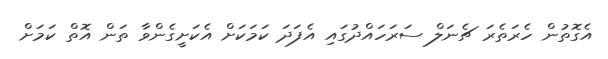
އެގޮތުން ހެރަތެރަ ޗެނަލް ސަރަހައްދުގައި އެފަދަ ކަމަކަށް އެކަށީގެންވާ ތަން އޮތް ކަމަށް